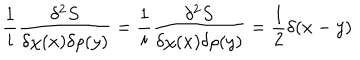
LaTeX: \frac { 1 } { i } \frac { \delta ^ { 2 } S } { \delta \chi ( x ) \delta \rho ( y ) } = \frac { 1 } { i } \frac { \delta ^ { 2 } S } { \delta \chi ( x ) \delta \rho ( y ) } = \frac { 1 } { 2 } \delta ( x - y )